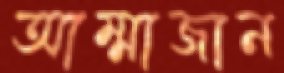
আম্মাজান